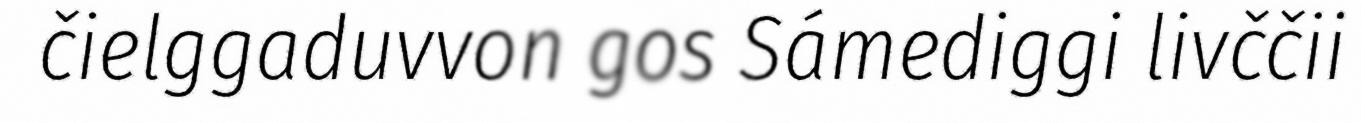
čielggaduvvon gos Sámediggi livččii